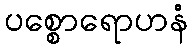
ပစ္စောရောဟနံ